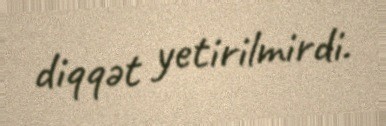
diqqət yetirilmirdi.